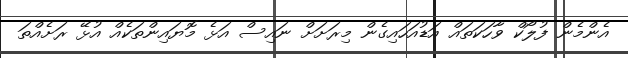
އެންމެން ފުލޯކް ވާހަކަތައް އަޑުއަހައިގެން މިރަށަށް ނައިސް އަޅެ މޮޔައިންތަކެއް އުޅޭ ރަށެއްތަ